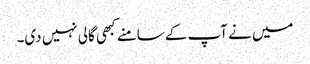
میں نے آپ کے سامنے کبھی گالی نہیں دی۔